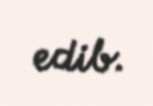
edib.